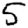
Digit: 5